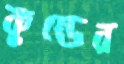
কুন্ডের